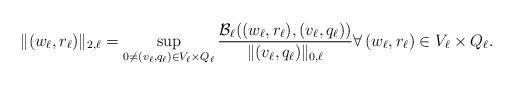
LaTeX: \begin{align*} \|(w_\ell,r_\ell)\|_{2,\ell} = \sup_{0 \neq (v_\ell,q_\ell) \in V_\ell \times Q_\ell} \frac{\mathcal{B}_\ell((w_\ell,r_\ell),(v_\ell,q_\ell))}{\|(v_\ell,q_\ell)\|_{0,\ell}} \forall \, (w_\ell,r_\ell) \in V_\ell \times Q_\ell.\end{align*}